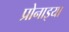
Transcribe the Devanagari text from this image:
प्रोनाइया